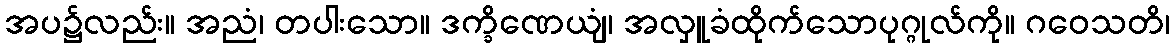
အပ၌လည်း။ အညံ၊ တပါးသော။ ဒက္ခိဏေယျံ၊ အလှူခံထိုက်သောပုဂ္ဂုလ်ကို။ ဂဝေသတိ၊